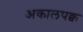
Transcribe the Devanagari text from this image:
अकालपक्व